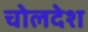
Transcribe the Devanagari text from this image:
चोलदेश